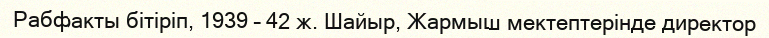
Рабфакты бітіріп, 1939 – 42 ж. Шайыр, Жармыш мектептерінде директор